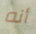
أنه